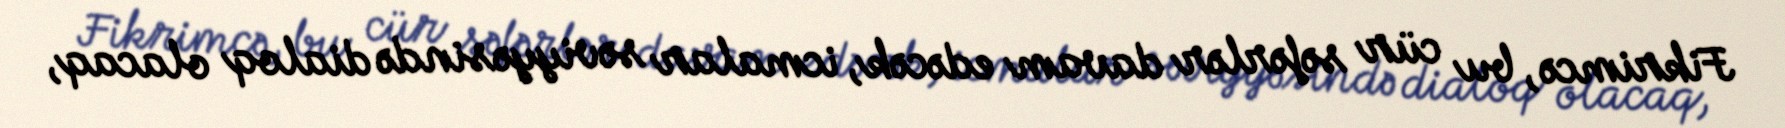
Fikrimcə, bu cür səfərlər davam edəcək, icmalar səviyyəsində dialoq olacaq,